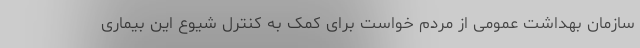
سازمان بهداشت عمومی از مردم خواست برای کمک به کنترل شیوع این بیماری